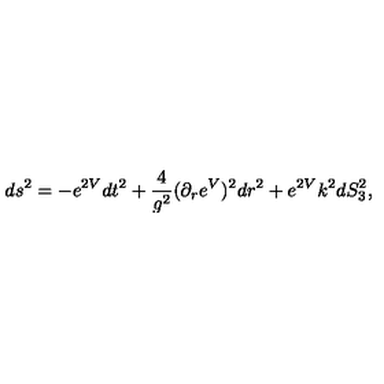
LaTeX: d s ^ { 2 } = - e ^ { 2 V } d t ^ { 2 } + { \frac { 4 } { g ^ { 2 } } ( } \partial _ { r } e ^ { V } ) ^ { 2 } d r ^ { 2 } + e ^ { 2 V } k ^ { 2 } d S _ { 3 } ^ { 2 } ,